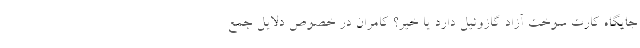
جایگاه کارت سوخت آزاد گازوئیل دارد یا خیر؟ کامران در خصوص دلایل جمع